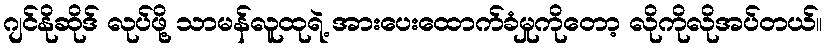
ဂျင်နိုဆိုဒ် လုပ်ဖို့ သာမန်လူထုရဲ့ အားပေးထောက်ခံမှုကိုတော့ လိုကိုလိုအပ်တယ်။